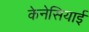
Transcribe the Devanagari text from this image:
केनेसियाई